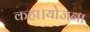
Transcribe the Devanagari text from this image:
कहा।योजना